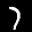
Label: 7